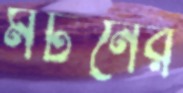
মর্টনের